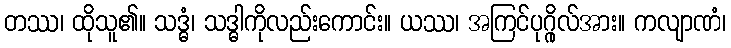
တဿ၊ ထိုသူ၏။ သဒ္ဓံ၊ သဒ္ဓါကိုလည်းကောင်း။ ယဿ၊ အကြင်ပုဂ္ဂိုလ်အား။ ကလျာဏံ၊